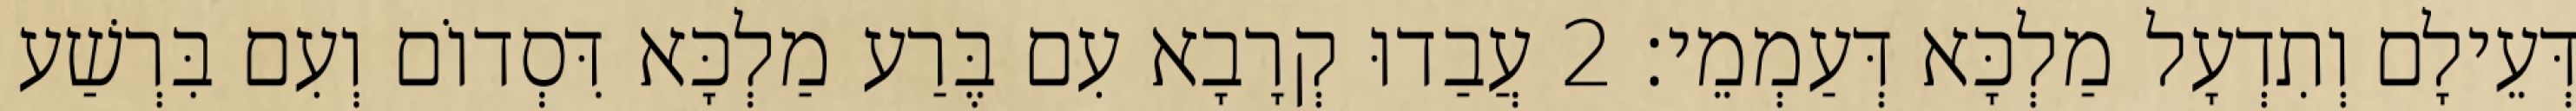
דְּעֵילָם וְתִדְעָל מַלְכָּא דְּעַמְמֵי׃ 2 עֲבַדוּ קְרָבָא עִם בֶּרַע מַלְכָּא דִּסְדוֹם וְעִם בִּרְשַׁע